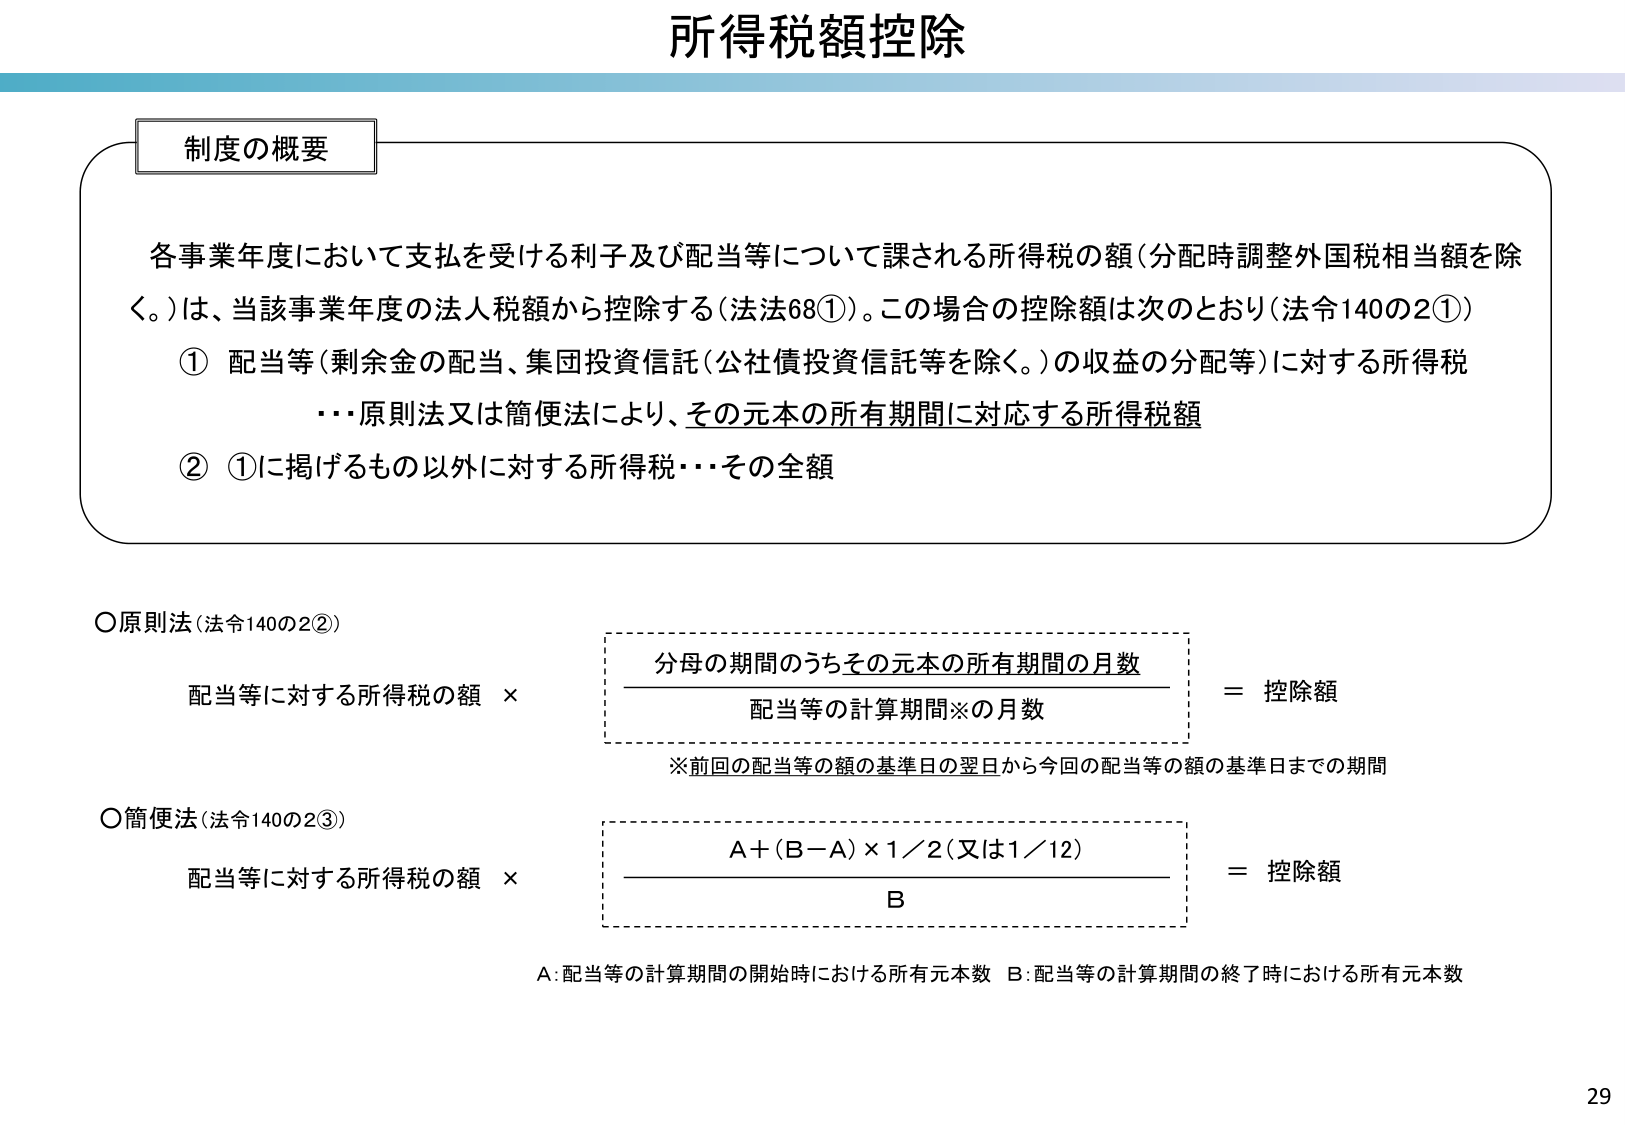
所得税額控除

制度の概要

各事業年度において支払を受ける利子及び配当等について課される所得税の額（分配時調整外国税相当額を除く。）は、当該事業年度の法人税額から控除する（法68①）。この場合の控除額は次のとおり（法140の2①）

① 配当等（剰余金の配当、集団投資信託（公社債投資信託等を除く。）の収益の分配等）に対する所得税
　　…原則法又は簡便法により、その元本の所有期間に対応する所得税額

② ①に掲げるるもの以外に対する所得税…その全額

○原則法（法140の2②）
　配当等に対する所得税の額 × ┌──────────────────────────────┐ = 控除額
　　　　　　　　　　　　　　　│　分母の期間のうちその元本の所有期間の月数　│
　　　　　　　　　　　　　　　│　　配当等の計算期間※の月数　　　　　　　│
　　　　　　　　　　　　　　　└──────────────────────────────┘
　　※前回の配当等の額の基準日の翌日から今回の配当等の額の基準日までの期間

○簡便法（法140の2③）
　配当等に対する所得税の額 × ┌──────────────────────────────┐ = 控除額
　　　　　　　　　　　　　　　│　　A＋(B－A)×1／2（又は1／12）　　　　│
　　　　　　　　　　　　　　　│　　　　　　B　　　　　　　　　　　　　│
　　　　　　　　　　　　　　　└──────────────────────────────┘
　　A：配当等の計算期間の開始時における所有元本数　B：配当等の計算期間の終了時における所有元本数

29